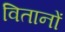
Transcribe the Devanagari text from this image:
वितानों